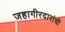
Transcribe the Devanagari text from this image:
जहागीरदारांची